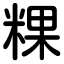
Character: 粿